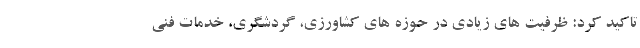
تاکید کرد: ظرفیت های زیادی در حوزه های کشاورزی، گردشگری، خدمات فنی